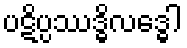
ပဋိပ္ပဿဒ္ဓိလဒ္ဓေါ